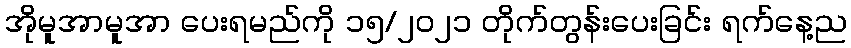
အိုမူအာမူအာ ပေးရမည်ကို ၁၅/၂၀၂၁ တိုက်တွန်းပေးခြင်း ရက်နေ့ည